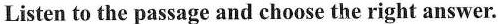
Listen to the passage and choose the right answer.